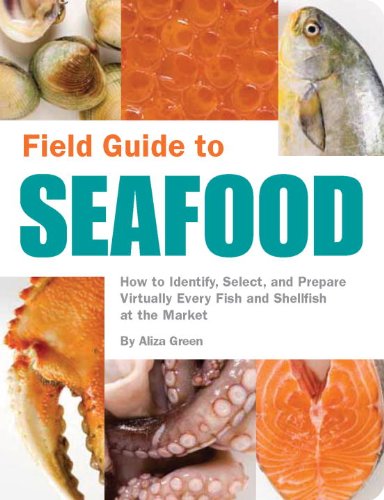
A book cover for Field Guide to Seafood; Aliza Green; Cookbooks, Food & Wine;